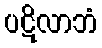
ပဋိလာဘံ